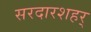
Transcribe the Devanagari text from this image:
सरदारशहर्